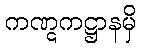
ကဏ္ဋကဋ္ဌာနမှိ